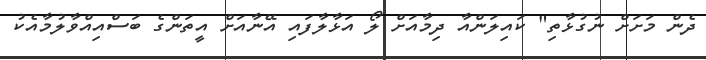
ދެން މަށަށް ނުގުޅާތި" ކައިލަންއާ ދިމާއަށް ލޯ އަޅާލާފައި އޭނާއަށް އީތަންގެ ބަސްއިއްވާލުމާއެކު